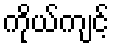
ကိုယ်ကျင့်